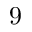
9